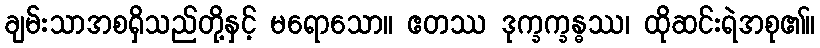
ချမ်းသာအစရှိသည်တို့နှင့် မရောသော။ ဧတဿ ဒုက္ခက္ခန္ဓဿ၊ ထိုဆင်းရဲအစု၏။